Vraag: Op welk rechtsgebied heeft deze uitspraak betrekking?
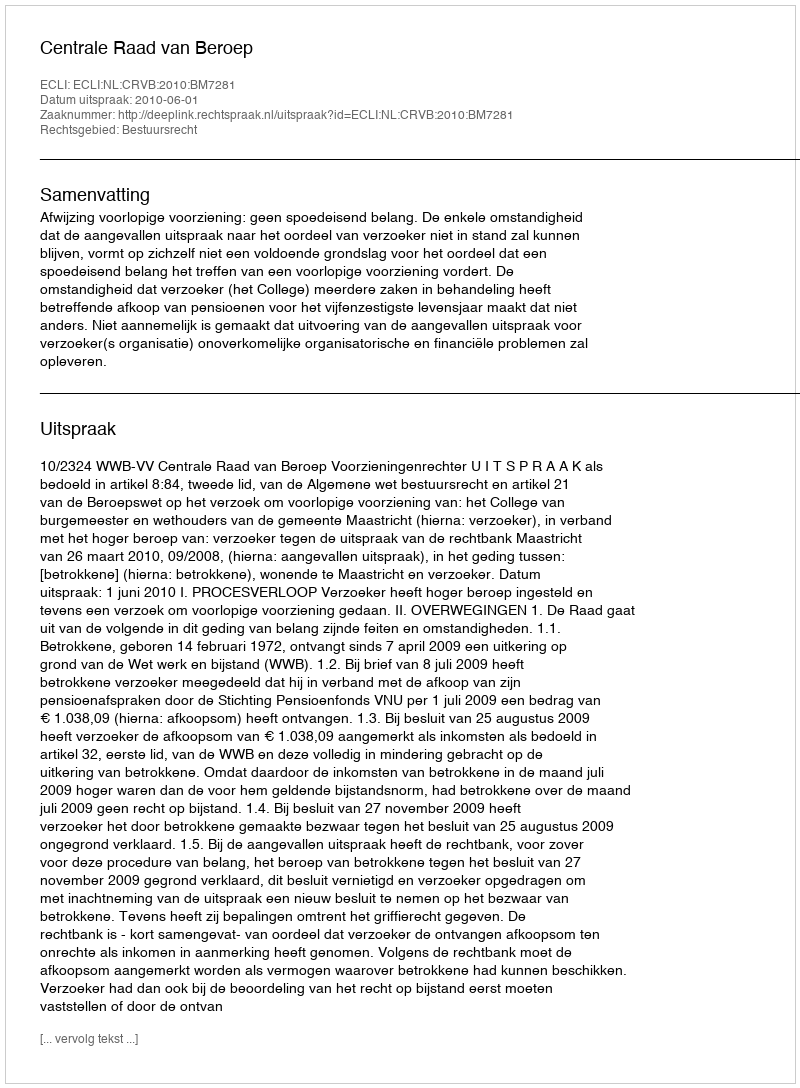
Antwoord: Bestuursrecht